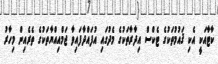
ކާޓާއަކީ އެކި ޤައުމުތަކުގެ ޓެކްސް އިދާރާތަކުގެ މެދުގައި އުފައްދާފައިވާ ޖަމްއިއްޔާތަކުގެ ތެރެއިން މިހާރު